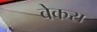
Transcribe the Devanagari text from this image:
बेकरा